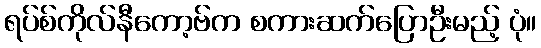
ရပ်စ်ကိုလ်နီကော့ဗ်က စကားဆက်ပြောဦးမည့် ပုံ။